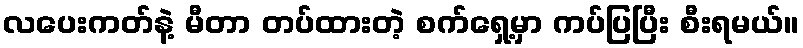
လပေးကတ်နဲ့ မီတာ တပ်ထားတဲ့ စက်ရှေ့မှာ ကပ်ပြပြီး စီးရမယ်။